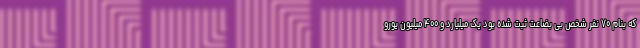
که بنام ۷۰ نفر شخص بی بضاعت ثبت شده بود یک میلیارد و ۴۰۰ میلیون یورو